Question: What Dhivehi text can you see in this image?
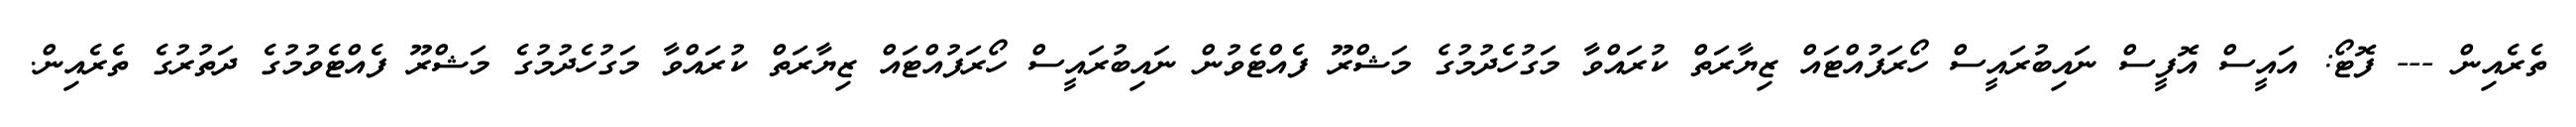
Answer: ތެރެއިން --- ފޮޓޯ: އައީސް އޮފީސް ނައިބުރައީސް ހޯރަފުއްޓައް ޒިޔާރަތް ކުރައްވާ މަގުހެދުމުގެ މަޝްރޫ ފެއްޓެވުން ނައިބުރައީސް ހޯރަފުއްޓައް ޒިޔާރަތް ކުރައްވާ މަގުހެދުމުގެ މަޝްރޫ ފެއްޓެވުމުގެ ދަތުރުގެ ތެރެއިން.